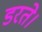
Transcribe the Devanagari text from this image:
डरते।